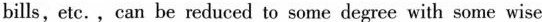
bills, etc., can be reduced to some degree with some wise